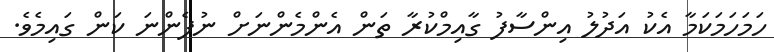
ހަމަހަމަކަމާ އެކު އަދުލު އިންސާފު ގާއިމްކުރާ ތަން އެންމެންނަށް ނުފެންނަ ކަން ގައިމެވެ.